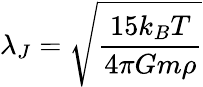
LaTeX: \lambda_{J}={\sqrt{\frac{15k_{B}T}{4\pi Gm\rho}}}